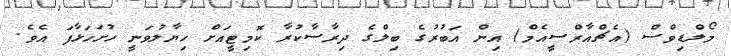
މޯލްޑިވްސް (އެޗްއާރްސީއެމް) އިން އަބުރުގެ ބިލްގެ ދިރާސާކުރާ ކޮމިޓީއަށް ހިޔާލުވަނީ ހުށަހަޅާފަ އެވެ.